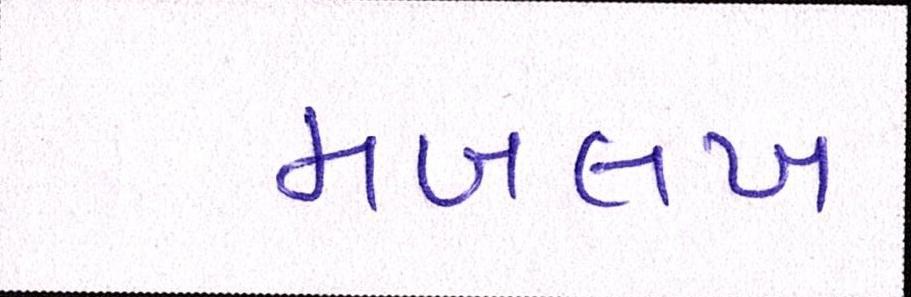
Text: મબલખ